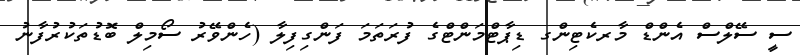
ސީ ސޭލްސް އެންޑް މާރކެޓިންގ ޑިޕާޓްމަންޓްގެ ފުރަތަމަ ފަންގިފިލާ (ހެންވޭރު ސޯމިލް ބޮޑުތަކުރުފާނު